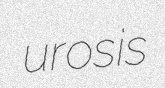
urosis